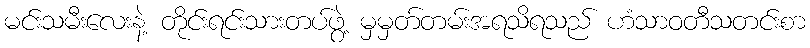
မင်းသမီးလေးနဲ့ တိုင်းရင်းသားတပ်ဖွဲ့ မှမှတ်တမ်းအရသိရသည် ဟံသာဝတီသတင်းစာ